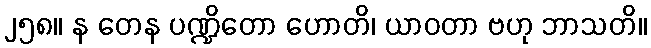
၂၅၈။ န တေန ပဏ္ဍိတော ဟောတိ၊ ယာဝတာ ဗဟု ဘာသတိ။